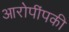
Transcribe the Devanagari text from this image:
आरोपींपकी